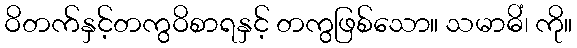
ဝိတက်နှင့်တကွဝိစာရနှင့် တကွဖြစ်သော။ သမာဓိံ၊ ကို။